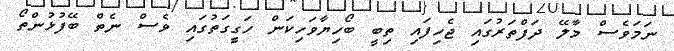
ނަމަވެސް މާލޭ ދަފްތަރުގައި ޖެހިފައި ތިބީ ބޯހިޔާވަހިކަން ހަގީގަތުގައި ވެސް ނެތް ބޭފުޅުންތޯ